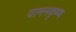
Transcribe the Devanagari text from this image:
वामनकृष्ण